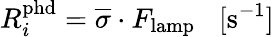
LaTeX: R_{i}^{\mathrm{{phd}}}=\overline{{\sigma}}\cdot F_{\mathrm{{lamp}}}\; \; \; [\mathrm{{s^{-1}}]}